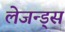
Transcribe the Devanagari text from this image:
लेजन्ड्स